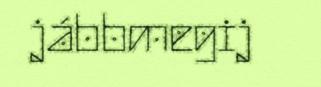
jábbmegij